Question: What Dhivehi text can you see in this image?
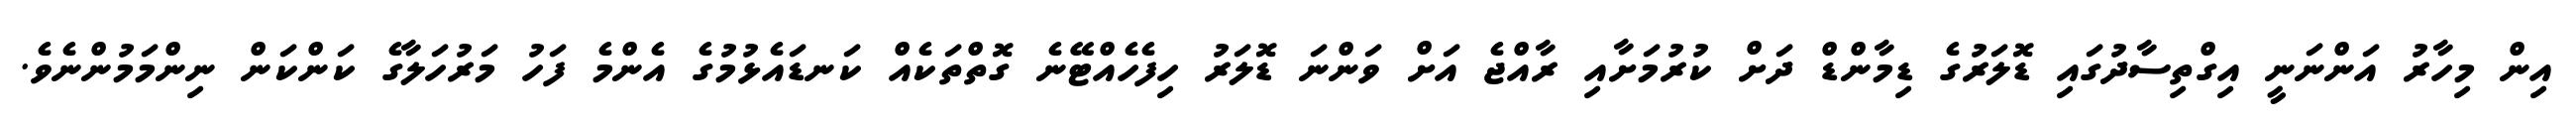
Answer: އިން މިހާރު އަންނަނީ އިގްތިސާދުގައި ޑޮލަރުގެ ޑިމާންޑް ދަށް ކުރުމަށާއި ރާއްޖެ އަށް ވަންނަ ޑޮލަރު ހިފެހެއްޓޭނެ ގޮތްތަކެއް ކަނޑައެޅުމުގެ އެންމެ ފަހު މަރުހަލާގެ ކަންކަން ނިންމަމުންނެވެ.